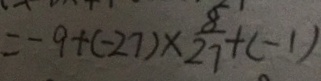
= - 9 + ( - 2 7 ) \times \frac { 8 } { 2 7 } + ( - 1 )